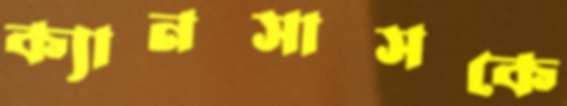
ক্যানসাসকে